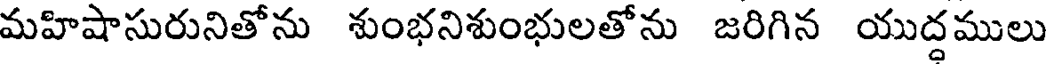
మహిషాసురునితోను శుంభనిశుంభులతోను జరిగిన యుద్దములు